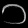
Digit: ၁